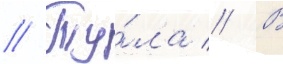
// Ту́ла // В